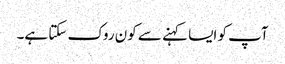
آپ کو ایسا کہنے سے کون روک سکتا ہے۔